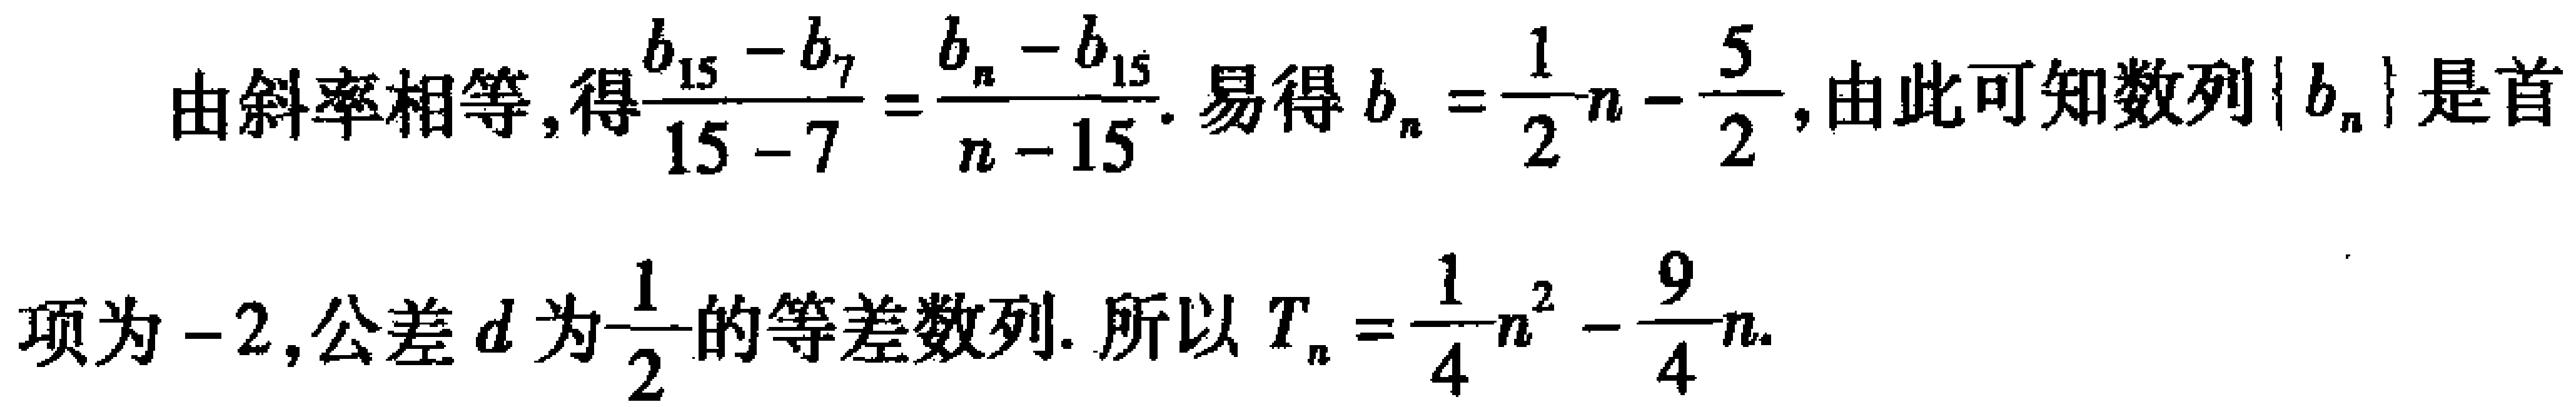
由斜率相等,得$\frac{b_{15}-b_{7}}{15 - 7}=\frac{b_{n}-b_{15}}{n - 15}$. 易得$b_{n}=\frac{1}{2}n-\frac{5}{2}$,由此可知数列$\{b_{n}\}$是首项为$-2$,公差$d$为$\frac{1}{2}$的等差数列. 所以$T_{n}=\frac{1}{4}n^{2}-\frac{9}{4}n$.